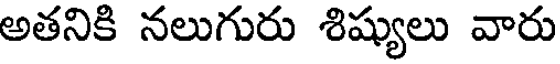
అతనికి నలుగురు శిష్యులు వారు